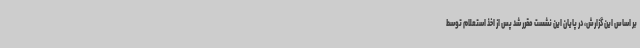
بر اساس این گزارش، در پایان این نشست مقرر شد پس از اخذ استعلام توسط